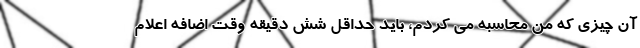
آن چیزی که من محاسبه می کردم، باید حداقل شش دقیقه وقت اضافه اعلام